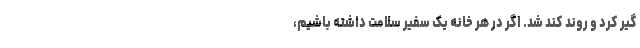
گیر کرد و روند کند شد. اگر در هر خانه یک سفیر سلامت داشته باشیم،